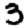
Digit: 3